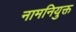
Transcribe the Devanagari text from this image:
नामनियुक्त